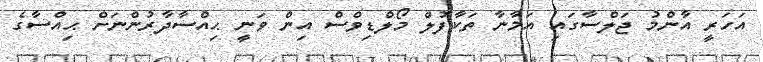
އަހަރީ އާންމު ޖަލްސާގައި އަމާނާ ތަކާފުލް މޯލްޑިވްސް އިން ވަނީ ޙިއްސާދާރުންނަށް ޙިއްސާގެ